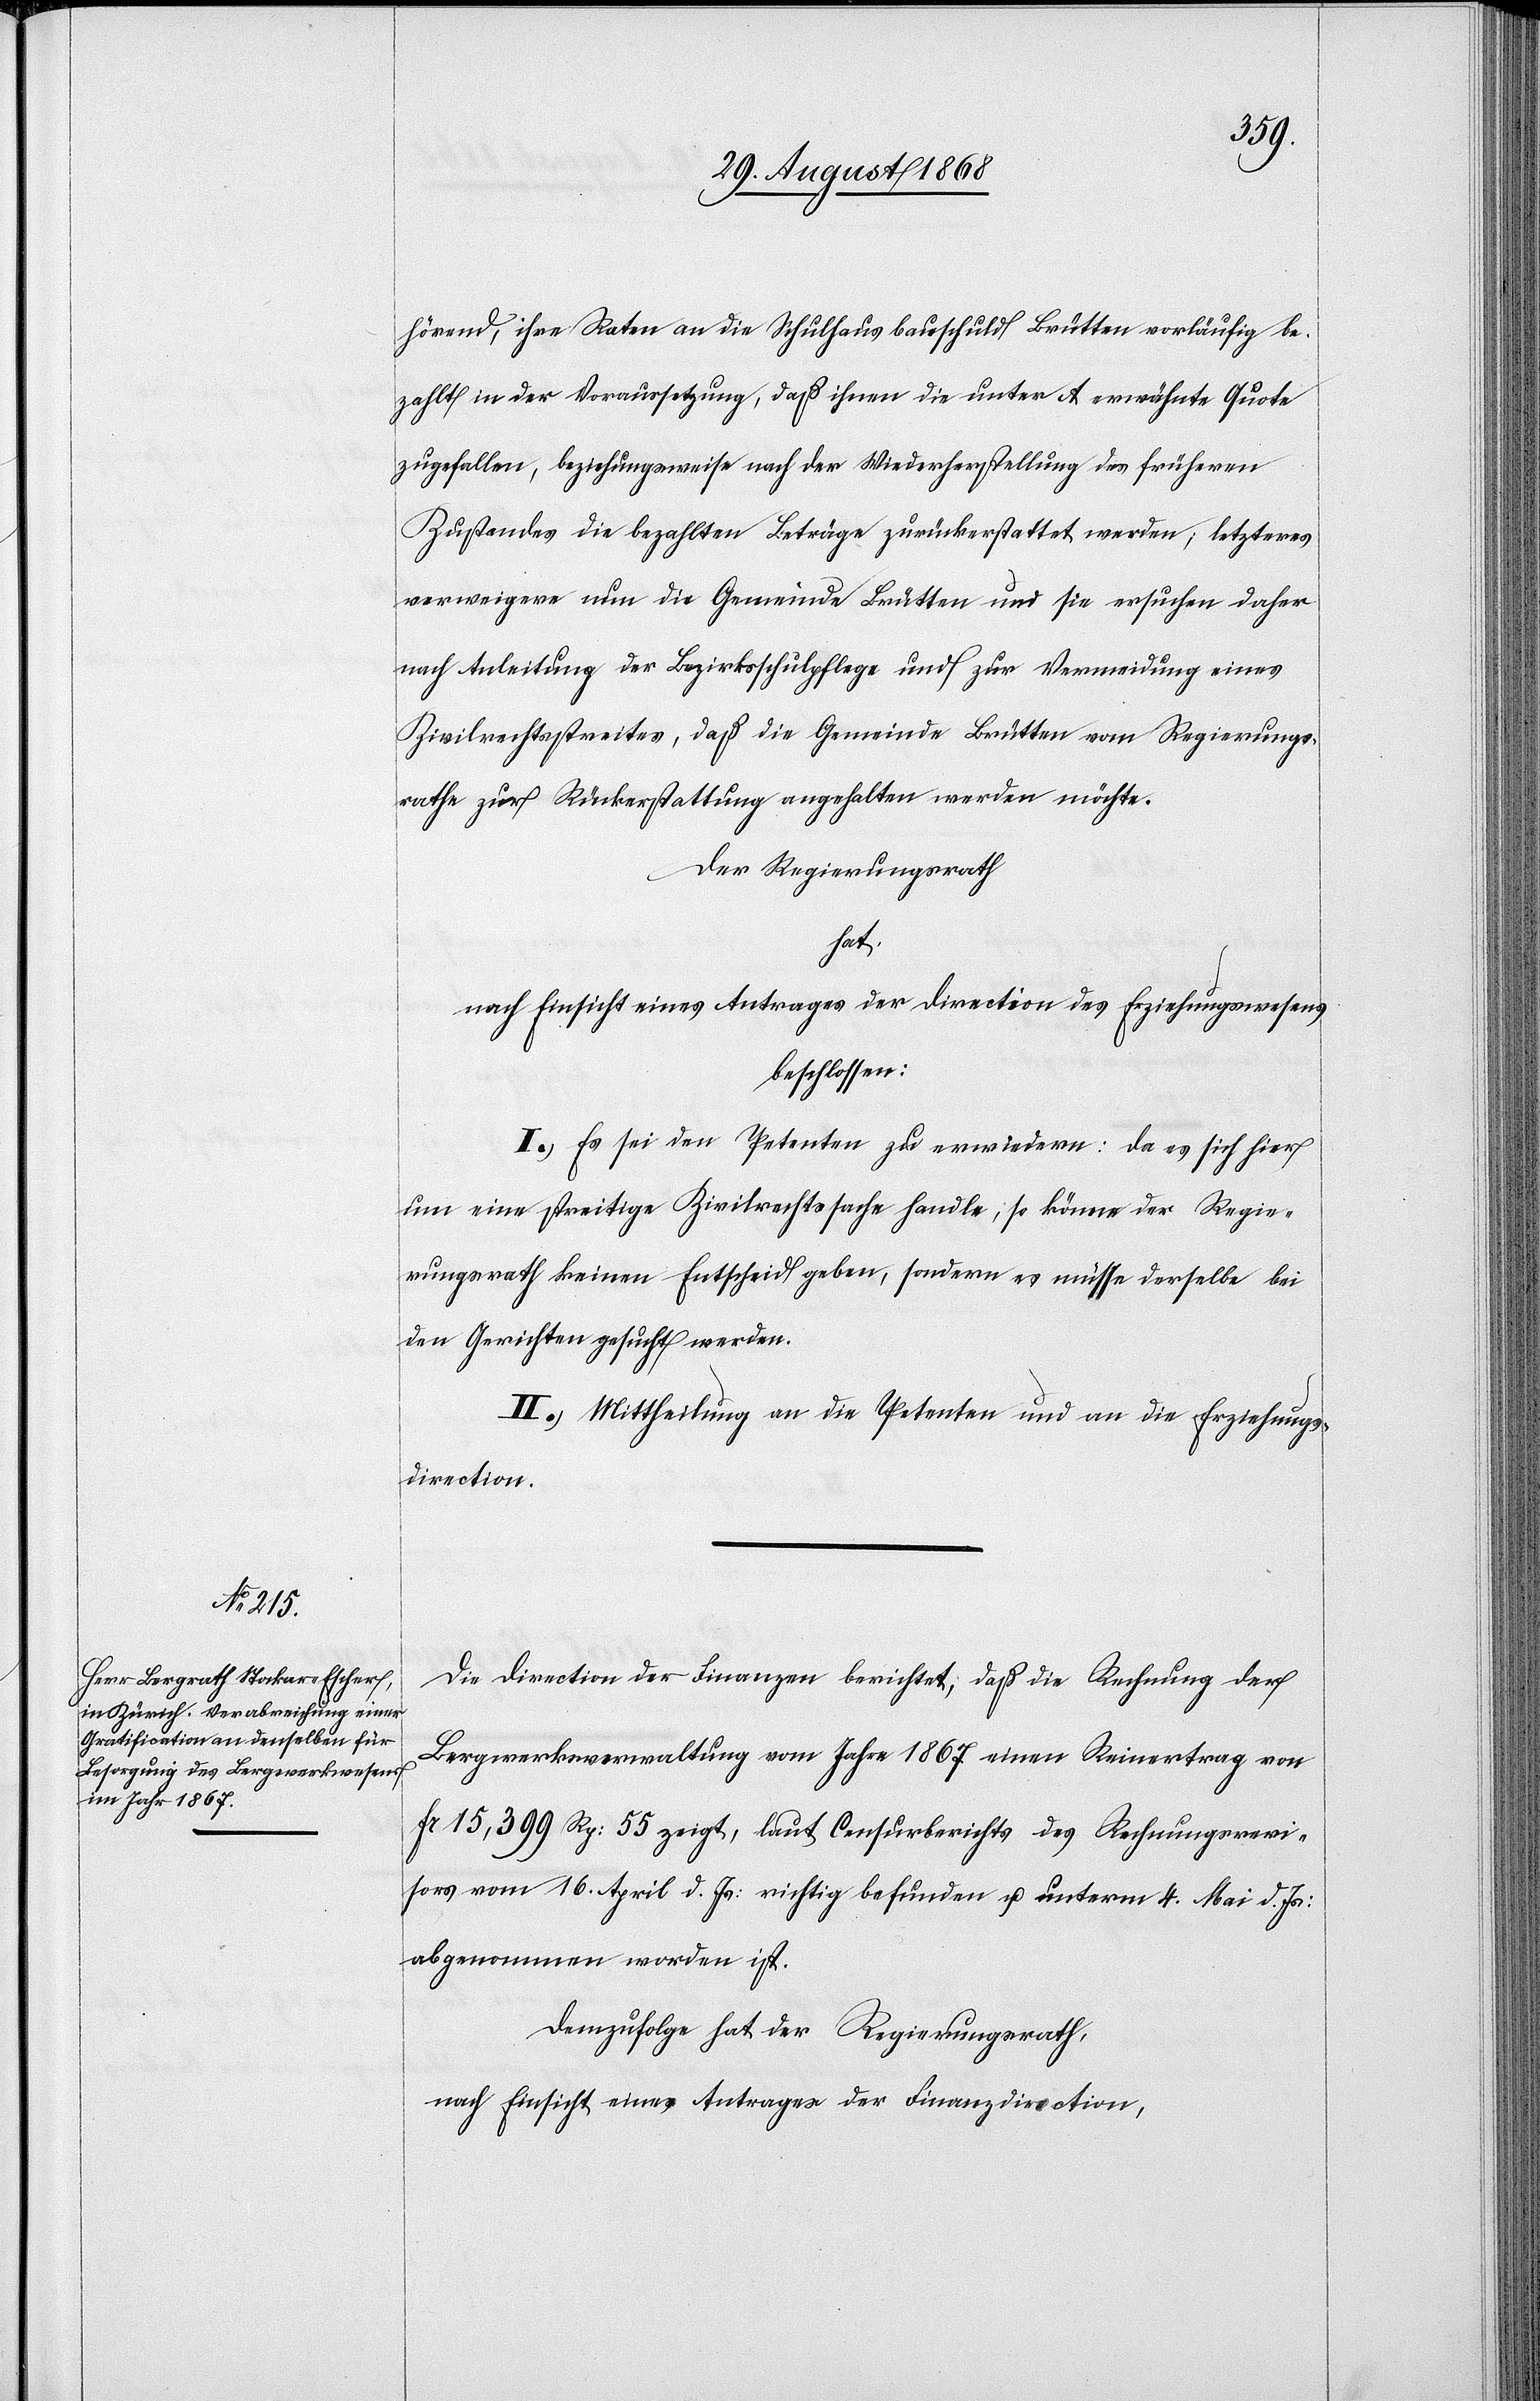
hörend, ihre Raten an die Schulhausbauschuld Brütten vorläufig be¬
zahlt in der Voraussetzung, daß ihnen die unter A erwähnte Quote
zugefallen, beziehungsweise nach der Wiederherstellung des früheren
Zustandes die bezahlten Beträge zurückerstattet werden; letzteres
verweigere nun die Gemeinde Brütten und sie ersuchen daher
nach Anleitung der Bezirksschulpflege und zur Vermeidung eines
Zivilrechtsstreites, daß die Gemeinde Brütten vom Regierungs¬
rathe zur Rückerstattung angehalten werden möchte.
Der Regierungsrath
hat
nach Einsicht eines Antrages der Direction des Erziehungswesens
beschlossen:
I.) Es sei den Petenten zu erwiedern: Da es sich hier
um eine streitige Zivilrechtssache handle; so könne der Regie¬
rungsrath keinen Entscheid geben, sondern es müsse derselbe bei
den Gerichten gesucht werden.
II.) Mittheilung an die Petenten und an die Erziehungs¬
direction.
Die Direction der Finanzen berichtet, daß die Rechnung der
Bergwerksverwaltung vom Jahre 1867 einen Reinertrag von
Fr. 15,399 Rp: 55 zeigt, laut Censurberichts des Rechnungsrevi¬
sors vom 16. April d. Js: richtig befunden u. unterm 4. Mai d. Js:
abgenommen worden ist.
Demzufolge hat der Regierungsrath,
nach Einsicht eines Antrages der Finanzdirection,